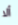
ألا